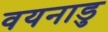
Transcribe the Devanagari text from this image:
वयनाडु